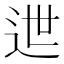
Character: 迣